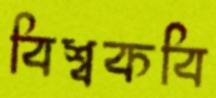
বিশ্বকবি